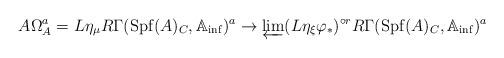
LaTeX: \begin{align*}A\Omega_A^a=L\eta_\mu R\Gamma(\mathrm{Spf}(A)_C,\mathbb A_{\inf})^a\to \varprojlim (L\eta_\xi\varphi_\ast)^{\circ r} R\Gamma(\mathrm{Spf}(A)_C,\mathbb A_{\inf})^a\end{align*}